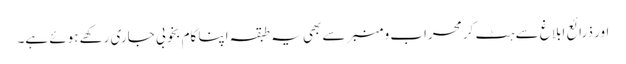
اور ذرائع ابلاغ سے ہٹ کر محراب و منبر سے بھی یہ طبقہ اپنا کام بخوبی جاری رکھے ہوئے ہے۔